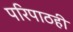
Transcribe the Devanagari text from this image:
परिपाठही